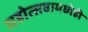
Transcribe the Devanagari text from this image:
महोत्सवामध्येही